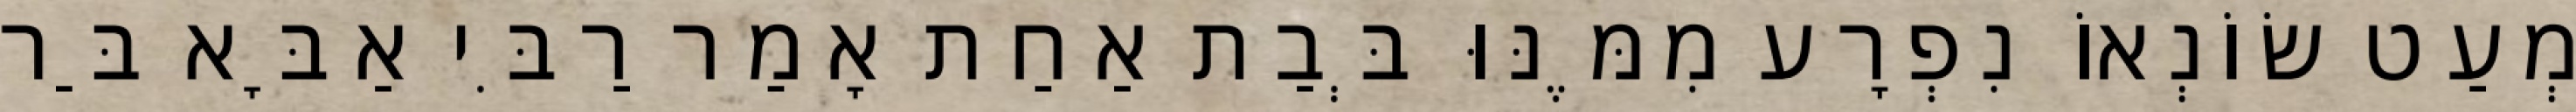
מְעַט שׂוֹנְאוֹ נִפְרָע מִמֶּנּוּ בְּבַת אַחַת אָמַר רַבִּי אַבָּא בַּר